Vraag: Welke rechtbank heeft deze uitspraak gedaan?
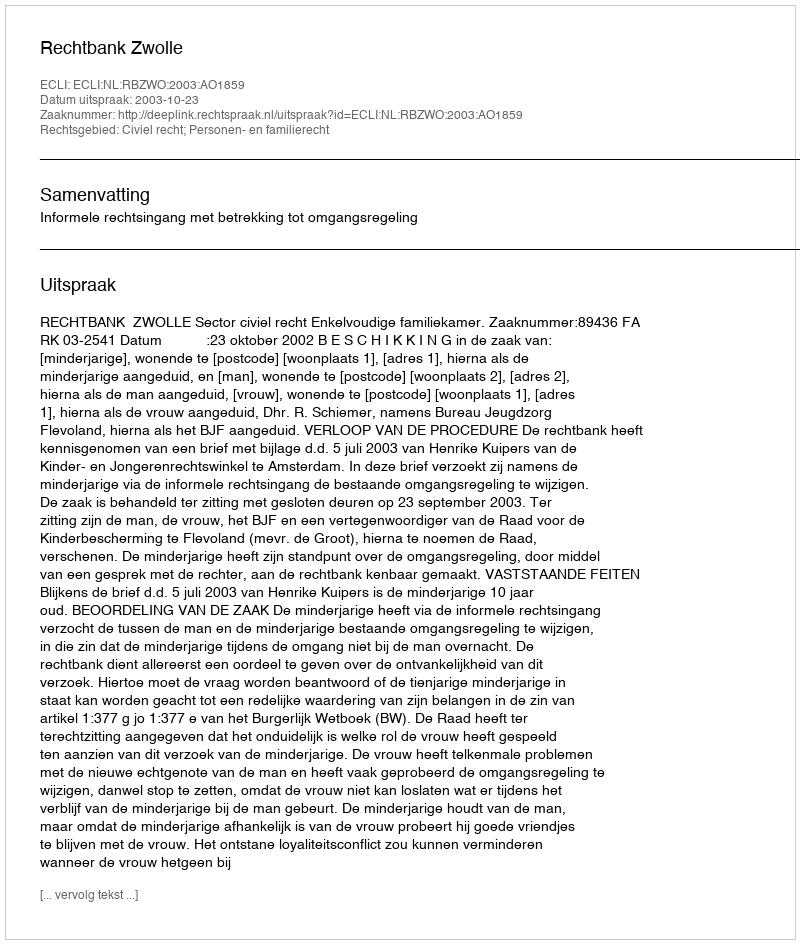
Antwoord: Rechtbank Zwolle